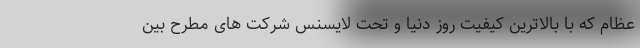
عظام که با بالاترین کیفیت روز دنیا و تحت لایسنس شرکت های مطرح بین